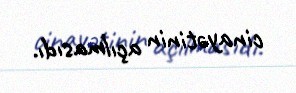
cinayətinin açılmasıdı.